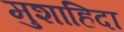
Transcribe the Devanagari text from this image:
मुशाहिदा